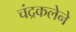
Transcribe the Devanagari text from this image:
चंद्रकलेने